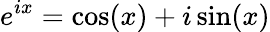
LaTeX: e^{ix}=\cos(x)+i\sin(x)